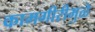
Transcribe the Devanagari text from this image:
कामगीरीमुळे